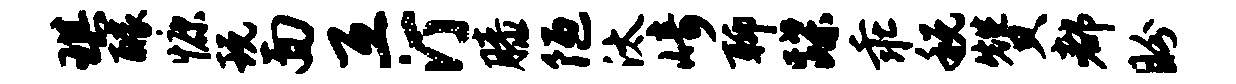
琪醵慷玩面互汀膝陋汰崎聊蹀乖税赞都盼